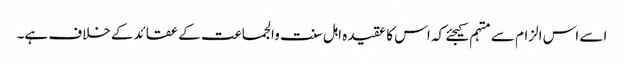
اسے اس الزام سے متہم کیجئے کہ اس کا عقیدہ اہل سنت والجماعت کے عقائدکے خلاف ہے۔